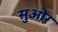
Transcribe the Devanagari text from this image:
सुओर